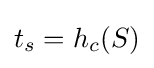
t_{s}=h_{c}(S)